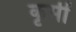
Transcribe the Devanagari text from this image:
कृमीं